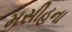
મસીહના